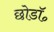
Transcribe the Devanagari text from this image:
छोडॉ॰